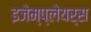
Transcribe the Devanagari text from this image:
इजेम्प्लेयर्स